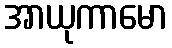
အာယုကာမော